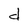
Character: d